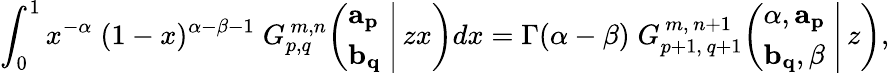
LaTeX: \int_{0}^{1}x^{-\alpha}\; (1-x)^{\alpha-\beta-1}\; G_{p,q}^{\, m,n}\! \left(\left.{\begin{array}{l}{\mathbf{a_{p}}}\\ {\mathbf{b_{q}}}\end{array}}\; \right|\, zx\right)dx=\Gamma(\alpha-\beta)\; G_{p+1,\, q+1}^{\, m,\, n+1}\! \left(\left.{\begin{array}{l}{\alpha,\mathbf{a_{p}}}\\ {\mathbf{b_{q}},\beta}\end{array}}\; \right|\, z\right),